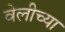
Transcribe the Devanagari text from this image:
वेलीच्या